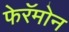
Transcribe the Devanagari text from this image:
फेरॅमोन